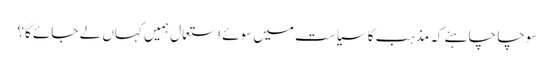
سوچا چاہئے کہ مذہب کا سیاست میں سوئے استعمال ہمیں کہاں لے جائے گا؟